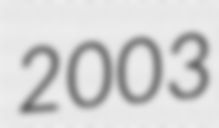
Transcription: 2003